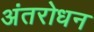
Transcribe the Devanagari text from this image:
अंतरोधन